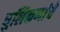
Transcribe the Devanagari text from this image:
धुलिकणांचे